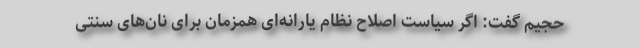
حجیم گفت: اگر سیاست اصلاح نظام یارانه‌ای همزمان برای نان‌های سنتی